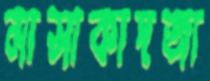
মাসাকাদজা